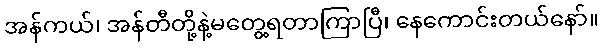
အန်ကယ်၊ အန်တီတို့နဲ့မတွေ့ရတာကြာပြီ၊ နေကောင်းတယ်နော်။